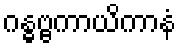
ဂန္ဓဗ္ဗကာယိကာနံ